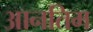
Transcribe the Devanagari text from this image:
आनतिम